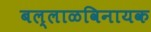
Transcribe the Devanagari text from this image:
बल्लाळविनायक